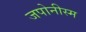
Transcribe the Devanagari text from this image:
जपोनीस्म